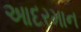
આદરમાન